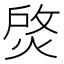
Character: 𤉰